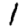
Digit: 1